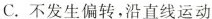
C.不发生偏转，沿直线运动